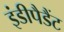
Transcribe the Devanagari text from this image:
इंडीपैडैंट